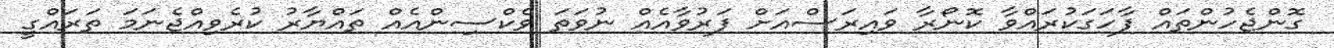
ގޮންޖެހުންތައް ފާހަގަކުރައްވާ ކޮނޯރާ ވައިރަސްއަށް ފަރުވާއެއް ނުވަތަ ވެކްސިންއެއް ތައްޔާރު ކުރެވިއްޖެނަމަ ތަރައްގީ